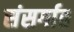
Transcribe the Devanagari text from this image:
संसर्गात